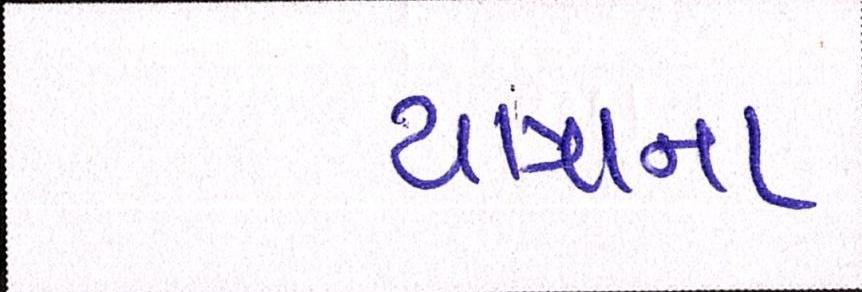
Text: યાત્રાના